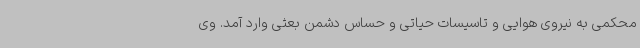
محکمی به نیروی هوایی و تاسیسات حیاتی و حساس دشمن بعثی وارد آمد. وی